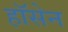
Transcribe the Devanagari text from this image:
हॉसेन